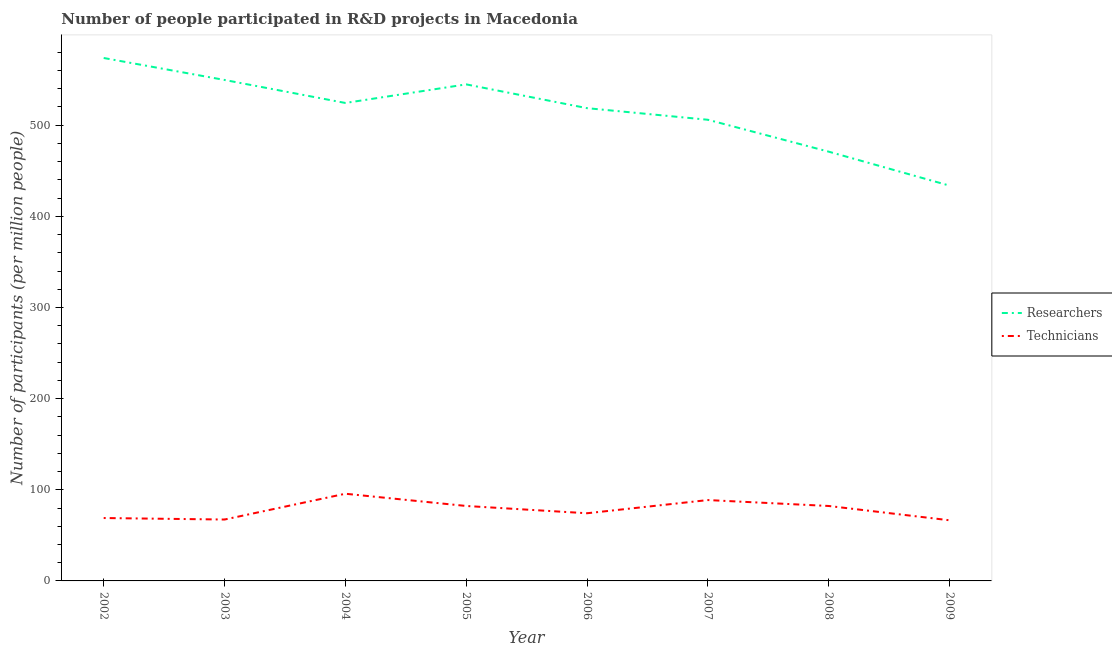
| Year | Researchers | Technicians |
 | --- | --- | --- |
 | 2002 | 574 | 69 |
 | 2003 | 550 | 67.4 |
 | 2004 | 524 | 95.7 |
 | 2005 | 545 | 82.2 |
 | 2006 | 519 | 74.2 |
 | 2007 | 506 | 88.7 |
 | 2008 | 471 | 82.2 |
 | 2009 | 434 | 66.5 |